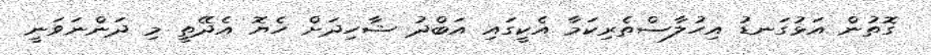
ގޮތުން އަޅުގަނޑު އިހުލާސްތެރިކަމާ އެކީގައި އަބްދު ޝާހިދަށް ހެޔޮ އެދޭތީ މި ދަންނަވަނީ